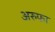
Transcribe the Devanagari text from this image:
अरुफा